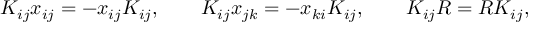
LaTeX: K _ { i j } x _ { i j } = - x _ { i j } K _ { i j } , \qquad K _ { i j } x _ { j k } = - x _ { k i } K _ { i j } , \qquad K _ { i j } R = R K _ { i j } ,